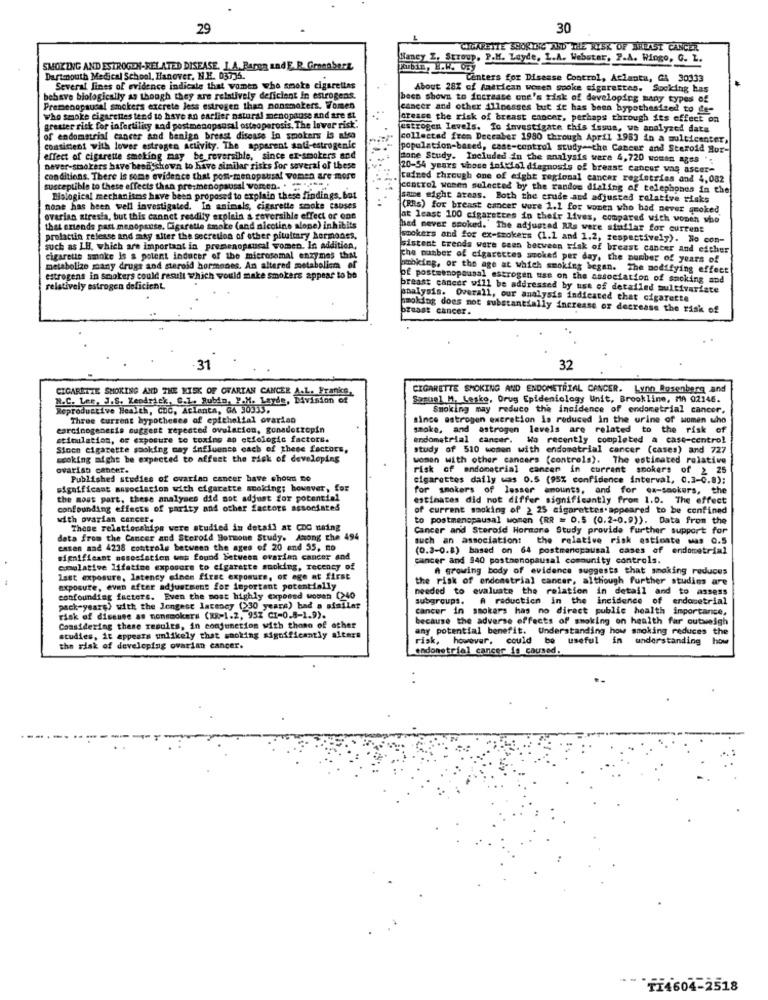
29
30
CIGARETTE SHORING AND THE RISK OF BREAST CANCER
Nancy Z, Stroup. P.M. Layde, L.A. Webstar, P.A. Ringo, G. Z.
SMOKING AND ESTROGEN-RELATED DISEASE. I.A. Paron and E.R. Gmeaberz
Kubin, E.R. O.y
Dartmouth Medical School, Hanover, N.H. 03736.
Centers for Disease Control, Atlanta, GA 30333
Several lines of evidence indicate that women who smoke cigarettes
About 28Z of American women spoke sigarettes. Sucking has
behave biologically as though they are relatively deficient in estrogens.
becs shown to increase one's risk of developing many types of
Premenopausal smokers excrete Jess estrogen than nonsmokers. Women
cancer and other illnesses but it has been hypothesized to de-
who smoke cigarettes tend to have an earlier natural menopause and are at
cresce the risk of breast cancer, perhaps through its effect on
greater risk for infertility and postmenopausal osteoporosis, The lower risk.
estrogen levels. To investigate this issus, we analyzed dats
of endometrial cancer and benign breast disease in smokers Is also
collected from Deceaber 1980 through April 1983 in a multicenter,
consistent with lower estrogen Activity. The apparent soli-estrogenic
population-based, case-control study-the Cancer and Steroid Ror-
effect of cigarette smoking may be reversible, since ex-smokers and
Fone Study. Included in the analysis were 4,720 women ages ".
never-smokers have been shown to have similar risks for several of these
20-54 years whose inicial diagnosis of breast cancer was ascer-
conditions. There is some evidence that post-menopausal women are more
tained through one of eight regional cancer registries and 4,082
susceptible to these effects than pre:menopausal Women. . """".
control women selected by the random dialing of telephones in the
Biological mechanisms have been proposed to explain these findings.bot
same might areas. Both the crude and adjusted relative risks
none has been well investigated. In animals, cigarette smoke causes
(RRs) for breast cancer were 1.1 for women who had never aroked
ovarian atresia, but this cannet readily explain a reversible effect of one
at least 100 cigarettes in their lives, compared with women who
that extends past menopause. Cigarette smoke (and nicotine alope) inhibits
had never smoked." The adjusted Als were statlar for current
prolactin release and may alter the secretion of other pituitary hormones.
smokers and for ex-stokers (1.1 and 1.2, respectively). No con-
such as IH, which are important in premenopausal women. In addition,
sistent trends were seen between risk of breast cancer and either
cigarette smoke Is a potent inducer of the microsomal enzymes that
The number of cigarettes smoked per day, the number of years of
metabolize many drugs and steroid hormones, An altered metabolism of
obking, or the age at which smoking began. The modifying effect
estrogens in smokers could result which would make smokers appear to be
of postmenopausal estrogen uss on the association of smoking and
relatively estrogen deficient
breast cancer will be addressed by use of detailed multivariate
analysis. Overall, our analysis indicated that cigarette
smoking does not substantially increase or decrease the risk of
breast cancer.
31
32
CIGARETTE SMOKING AND ENDOMETRIAL CANCER. Lynn Rosenberg and
CIGARETTE SMOKING AND THE RISK OF OVARIAN CANCER A.L. Frankce,
N.C. Lee, J.S. Kendrick, C.1. Bubdla, P.M. Layde, Division of
Samuel M. Lesko, Drug Epidemiology Unit, Brookline, MA 02146.
Reproductive Health, CDC, Atlanta, GA 30333.
Smoking may reduce the incidence of endometrial cancer.
Three Current hypotheses of epithelial ovarian
since estrogen excretion is reduced in the urine of women who
carcinogenesis suggest repeated ovulation, gonadotropin
smoke, and astrogen levels are related to the risk of
stimulation, of exposure to toxine ap etiologic factors.
endometrial cancer. Wo recently completed a case-control
Since cigarette smoking may influence each of these factors,
study of 510 women with endometrial cancer (cases) and 727
scoking might be expected to affest the risk of developing
women with other cancers (controls). The estimated relative
ovarian cancer.
risk of endometrial cancer in current smokers of 2 25
Published studies of ovarian cancer have chot no
cigarettes daily was 0.5 (95% confidence interval, 0.3-0.8);
significant susociation with cigarette smoking; however, for
for smokers of lesser amounts, and for ex-smokers, the
the most part, these analyses did not adjust for potential
estimates did not differ significantly from 1.0. The effect
confounding effects of parity and other factors associated
of current smoking of 2 25 cigarettes appeared to be confined
with ovarian cancer.
to postmenopausal women (RR = 0.5 (0.2-0.9)). Data from the
These relationships were studied in detail at CDG using
Cancer and Steroid Hormone Study provide further support for
data from the Cancer and Steroid Hormone Study, Among the 494
such an association: the relative risk estimate was 0.5
casen and 4238 controle between the ages of 20 and 55, no
(0.2-0.8) based on 64 postmenopausal cases of endometrial
significant mesesiation uns found between ovarian cancer and
cancer and 940 postmenopausal community controls.
comolative lifetime exposure to cigarette smoking, recency of
A growing body of evidence suggests that smoking reduces
last exposure, latency einen first exposure, of age at first
the risk of endometrial cancer, although further studies are
exposure, even after adjustment for important potentially
needed to evaluate the relation in detail and to assess
confounding facters. Even the most highly exposed woman (240
subgroups.
A reduction in the
incidence of endosetrial
pack-years) with the longest latency (>30 years) bad a similar
cancer in smokers has no direct public health importance,
risk of dicenee as nonsmokers (RB-1.2, 95% CI-0.5-1.9).
because the adverse effects of smoking on health far outweigh
Considering these results, in conjunction with those of other
any potential benefit. Understanding how smoking reduces the
studies, it appears unlikely that smoking significantly alters
risk, however, could be useful in
understanding how
how
the risk of developing ovarian cancer.
endometrial cancer is caused.
TI4604-2518